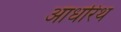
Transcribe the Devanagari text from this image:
आधरिथ